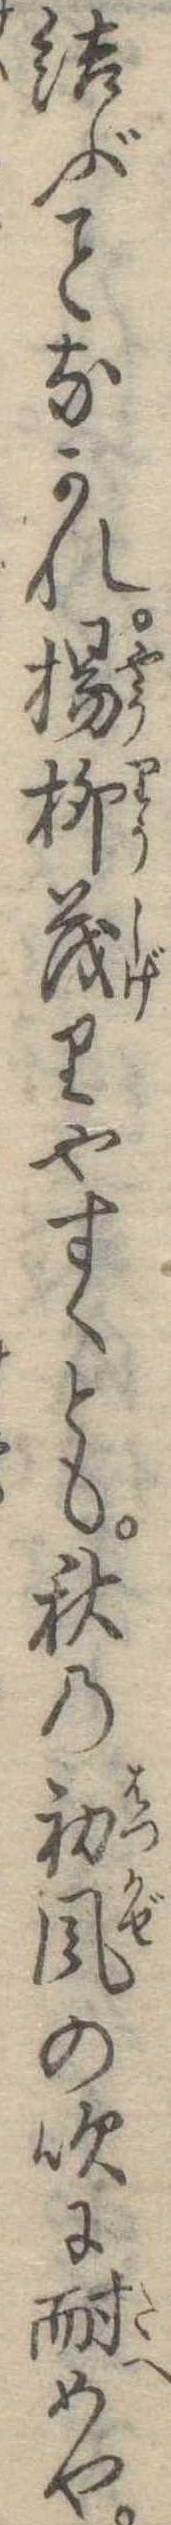
結ぶなかれ楊柳茂りやすくとも秋の初風の吹に耐めや